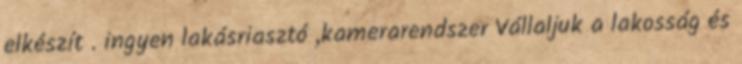
elkészít . ingyen lakásriasztó ,kamerarendszer Vállaljuk a lakosság és